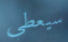
سيعطي